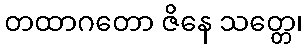
တထာဂတော ဇိနေ သတ္တေ၊